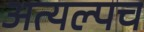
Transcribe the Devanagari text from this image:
अत्यल्पच